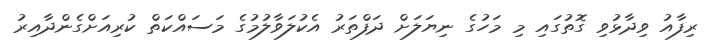
ރިފާއު ވިދާޅުވި ގޮތުގައި މި މަހުގެ ނިޔަލަށް ދަފްތަރު އެކުލަވާލުމުގެ މަސައްކަތް ކުރިއަށްގެންދާއިރު